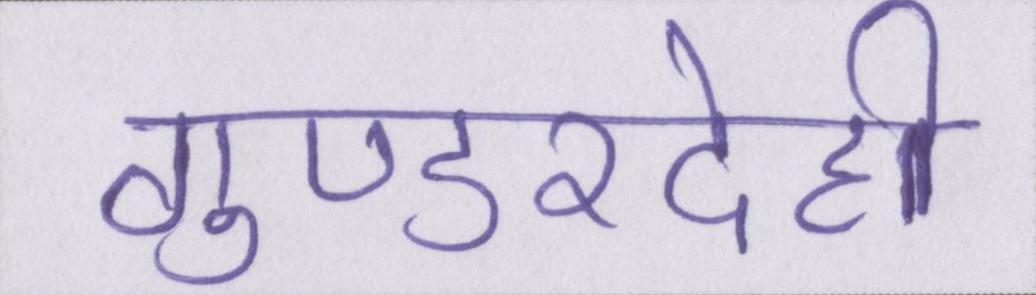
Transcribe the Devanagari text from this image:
गुण्डरदेही